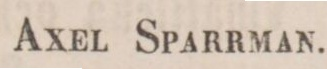
AX. SPARRMAN